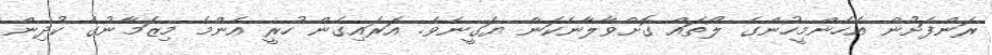
ރަންފަށުން އެހެންމީހުންގެ ލޯތައް ގޮށްވާލާނެކަން ޔަގީނެވެ. އަރައިގެން ހުރީ އެންމެ މިޒަމާނުގެ ކުދިން